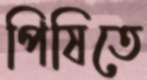
পিষিতে